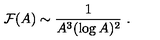
{ \cal F } ( A ) \sim { \frac { 1 } { A ^ { 3 } ( \log A ) ^ { 2 } } } \ .